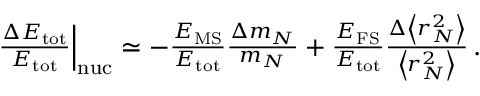
\begin{array} { r } { \! \! \! \! \! \! \! \left. \frac { \Delta E _ { \mathrm { t o t } } } { E _ { \mathrm { t o t } } } \right| _ { \mathrm { n u c } } \simeq - \frac { E _ { \mathrm { M S } } } { E _ { \mathrm { t o t } } } \frac { \Delta m _ { N } } { m _ { N } } + \frac { E _ { \mathrm { F S } } } { E _ { \mathrm { t o t } } } \frac { \Delta \left< r _ { N } ^ { 2 } \right> } { \left< r _ { N } ^ { 2 } \right> } \, . } \end{array}